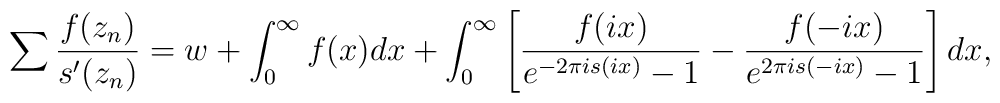
\sum \frac{f(z_n)}{s'(z_n)}=w+\int_{0}^{\infty}{f(x)dx}+\int_{0}^{\infty }{\left[ \frac{f(ix)}{e^{-2\pi is(ix)}-1}-\frac{f(-ix)}{e^{2\pi is(-ix)}-1}\right] dx},